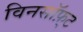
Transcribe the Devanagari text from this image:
विनसॉफ़्ट